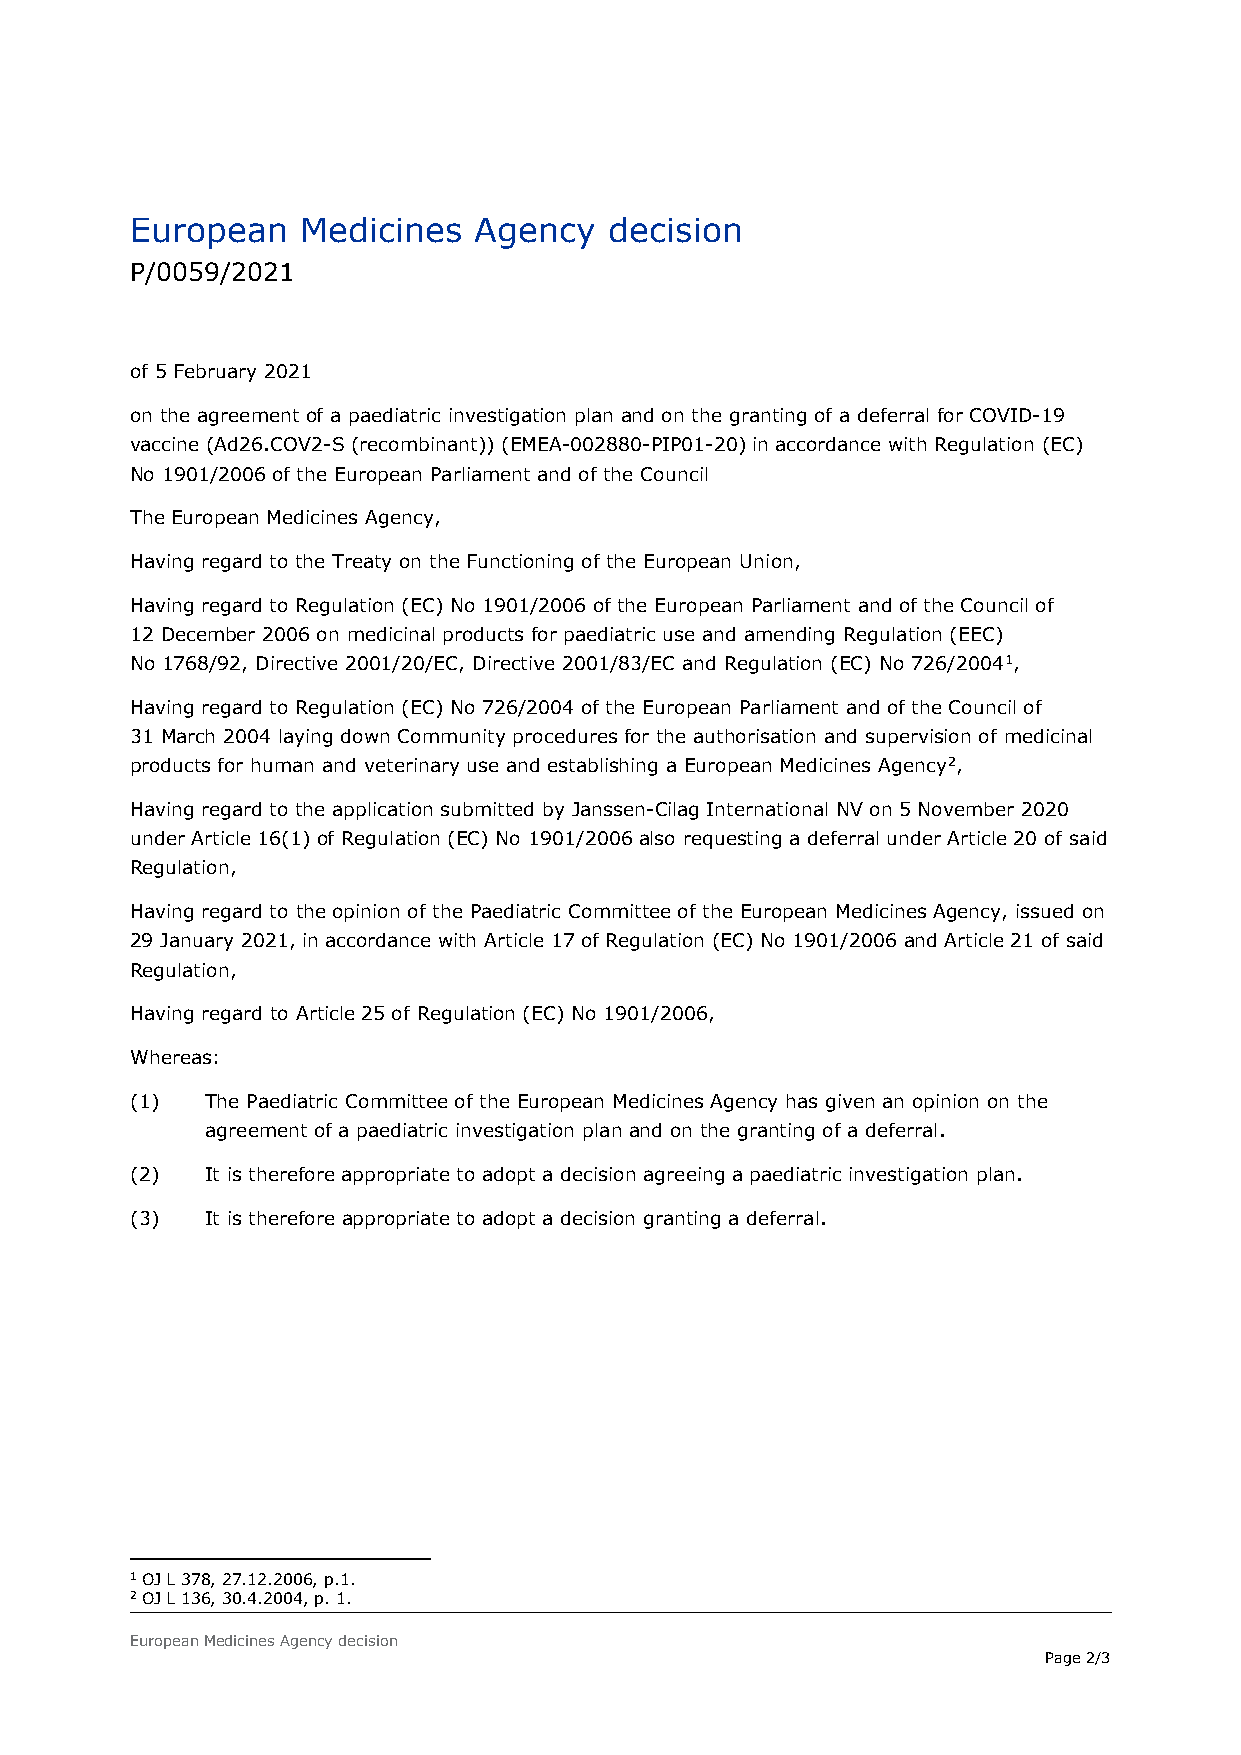
European   Medicines  Agency   decision
 P/0059/2021
 of 5 February 2021
 on the agreement of a paediatric investigation plan and on the granting of a deferral for COVID-19
 vaccine (Ad26.COV2-S (recombinant)) (EMEA-002880-PIP01-20) in accordance with Regulation (EC)
 No 1901/2006 of the European Parliament and of the Council
 The European Medicines Agency,
 Having regard to the Treaty on the Functioning of the European Union,
 Having regard to Regulation (EC) No 1901/2006 of the European Parliament and of the Council of
 12 December 2006 on medicinal products for paediatric use and amending Regulation (EEC)
 No 1768/92, Directive 2001/20/EC, Directive 2001/83/EC and Regulation (EC) No 726/20041,
 Having regard to Regulation (EC) No 726/2004 of the European Parliament and of the Council of
 31 March 2004 laying down Community procedures for the authorisation and supervision of medicinal
 products for human and veterinary use and establishing a European Medicines Agency2,
 Having regard to the application submitted by Janssen-Cilag International NV on 5 November 2020
 under Article 16(1) of Regulation (EC) No 1901/2006 also requesting a deferral under Article 20 of said
 Regulation,
 Having regard to the opinion of the Paediatric Committee of the European Medicines Agency, issued on
 29 January 2021, in accordance with Article 17 of Regulation (EC) No 1901/2006 and Article 21 of said
 Regulation,
 Having regard to Article 25 of Regulation (EC) No 1901/2006,
 Whereas:
 (1)  The Paediatric Committee of the European Medicines Agency has given an opinion on the
 agreement of a paediatric investigation plan and on the granting of a deferral.
 (2)  It is therefore appropriate to adopt a decision agreeing a paediatric investigation plan.
 (3)  It is therefore appropriate to adopt a decision granting a deferral.
 1 OJ L 378, 27.12.2006, p.1.
 2 OJ L 136, 30.4.2004, p. 1.
 European Medicines Agency decision
 Page 2/3